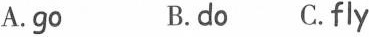
A.go B.do C.fly